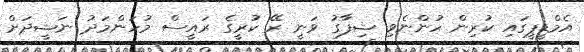
އެމްޑީޕީގައި ކުރިން ހުންނެވި ޝިފާގު ވަނީ ރޭ ކުރީގެ ރައީސް މުހަންމަދު ނަޝީދަށް